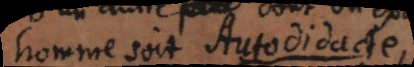
homme soit Autodidacte,